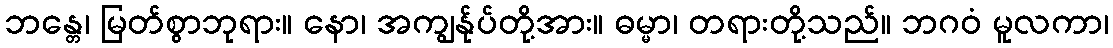
ဘန္တေ၊ မြတ်စွာဘုရား။ နော၊ အကျွန်ုပ်တို့အား။ ဓမ္မာ၊ တရားတို့သည်။ ဘဂဝံ မူလကာ၊